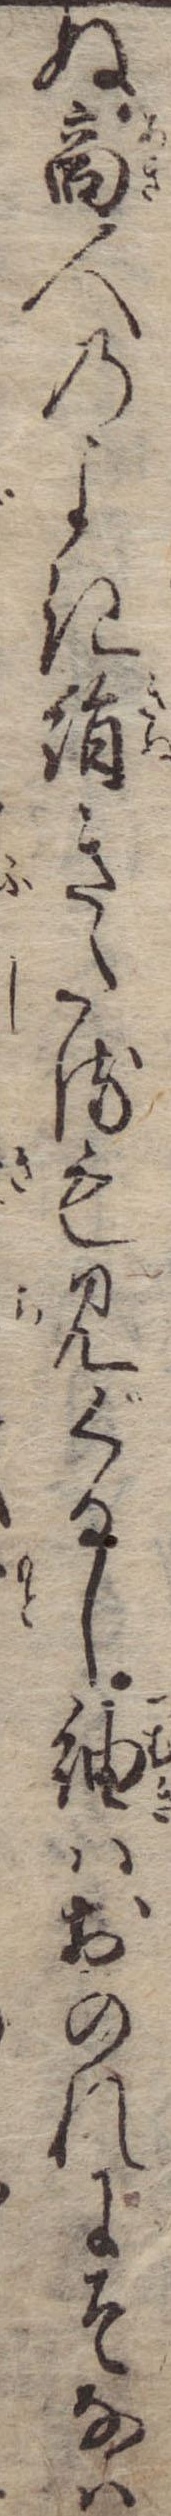
ぬ商人のよき絹きたるも見ぐるし紬はおのれにそなは